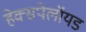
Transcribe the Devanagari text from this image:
हेक्सपेलॉयड